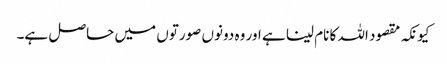
کیونکہ مقصود اللہ کا نام لینا ہے اور وہ دونوں صورتوں میں حاصل ہے۔